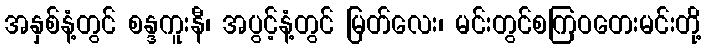
အနှစ်နံ့တွင် စန္ဒကူးနီ၊ အပွင့်နံ့တွင် မြတ်လေး၊ မင်းတွင်စကြဝတေးမင်းတို့